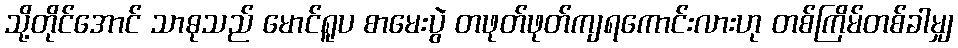
သို့တိုင်အောင် သာဓုသည် မောင်ရူပ စာမေးပွဲ တဖုတ်ဖုတ်ကျရကောင်းလားဟု တစ်ကြိမ်တစ်ခါမျှ